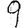
Digit: 9